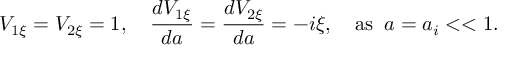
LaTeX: V _ { 1 \xi } = V _ { 2 \xi } = 1 , \quad \frac { d V _ { 1 \xi } } { d a } = \frac { d V _ { 2 \xi } } { d a } = - i \xi , \quad \mathrm { a s } \; \; a = a _ { i } < < 1 .